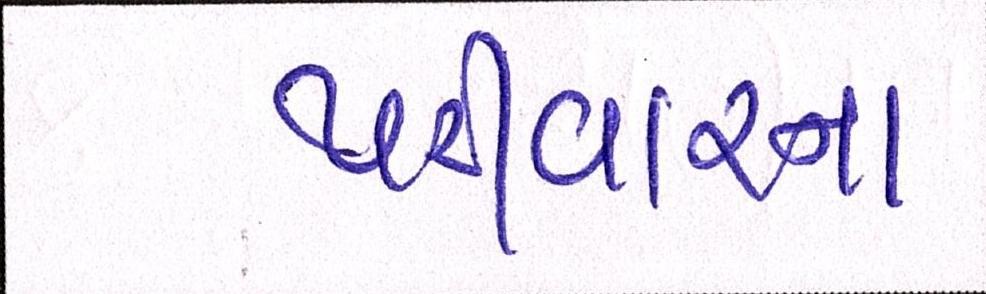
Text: પરીવારના